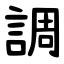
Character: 調